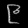
Digit: ၉